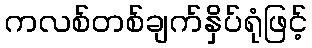
ကလစ်တစ်ချက်နှိပ်ရုံဖြင့်